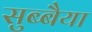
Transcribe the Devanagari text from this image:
सुब्बैया